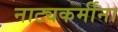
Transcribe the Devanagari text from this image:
नाट्यकर्मींना